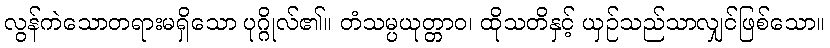
လွန်ကဲသောတရားမရှိသော ပုဂ္ဂိုလ်၏။ တံသမ္ပယုတ္တာဝ၊ ထိုသတိနှင့် ယှဉ်သည်သာလျှင်ဖြစ်သော။